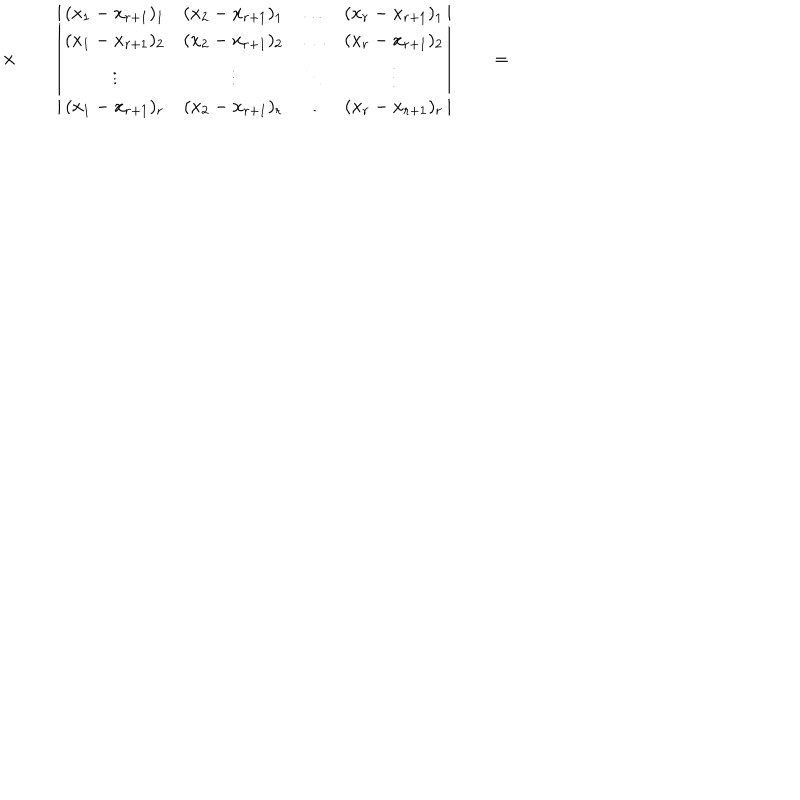
LaTeX: \times \qquad \left\vert \begin{array} { c c c c } { { ( x _ { 1 } - x _ { r + 1 } ) _ { 1 } } } & { { ( x _ { 2 } - x _ { r + 1 } ) _ { 1 } } } & { { \ldots } } & { { ( x _ { r } - x _ { r + 1 } ) _ { 1 } } } \\ { { ( x _ { 1 } - x _ { r + 1 } ) _ { 2 } } } & { { ( x _ { 2 } - x _ { r + 1 } ) _ { 2 } } } & { { \ldots } } & { { ( x _ { r } - x _ { r + 1 } ) _ { 2 } } } \\ { { \vdots } } & { { \vdots } } & { { \ddots } } & { { \vdots } } \\ { { ( x _ { 1 } - x _ { r + 1 } ) _ { r } } } & { { ( x _ { 2 } - x _ { r + 1 } ) _ { r } } } & { { \ldots } } & { { ( x _ { r } - x _ { r + 1 } ) _ { r } } } \\ \end{array} \right\vert \qquad = \qquad